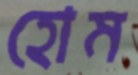
হোম